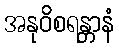
အနုဝိစရန္တာနံ